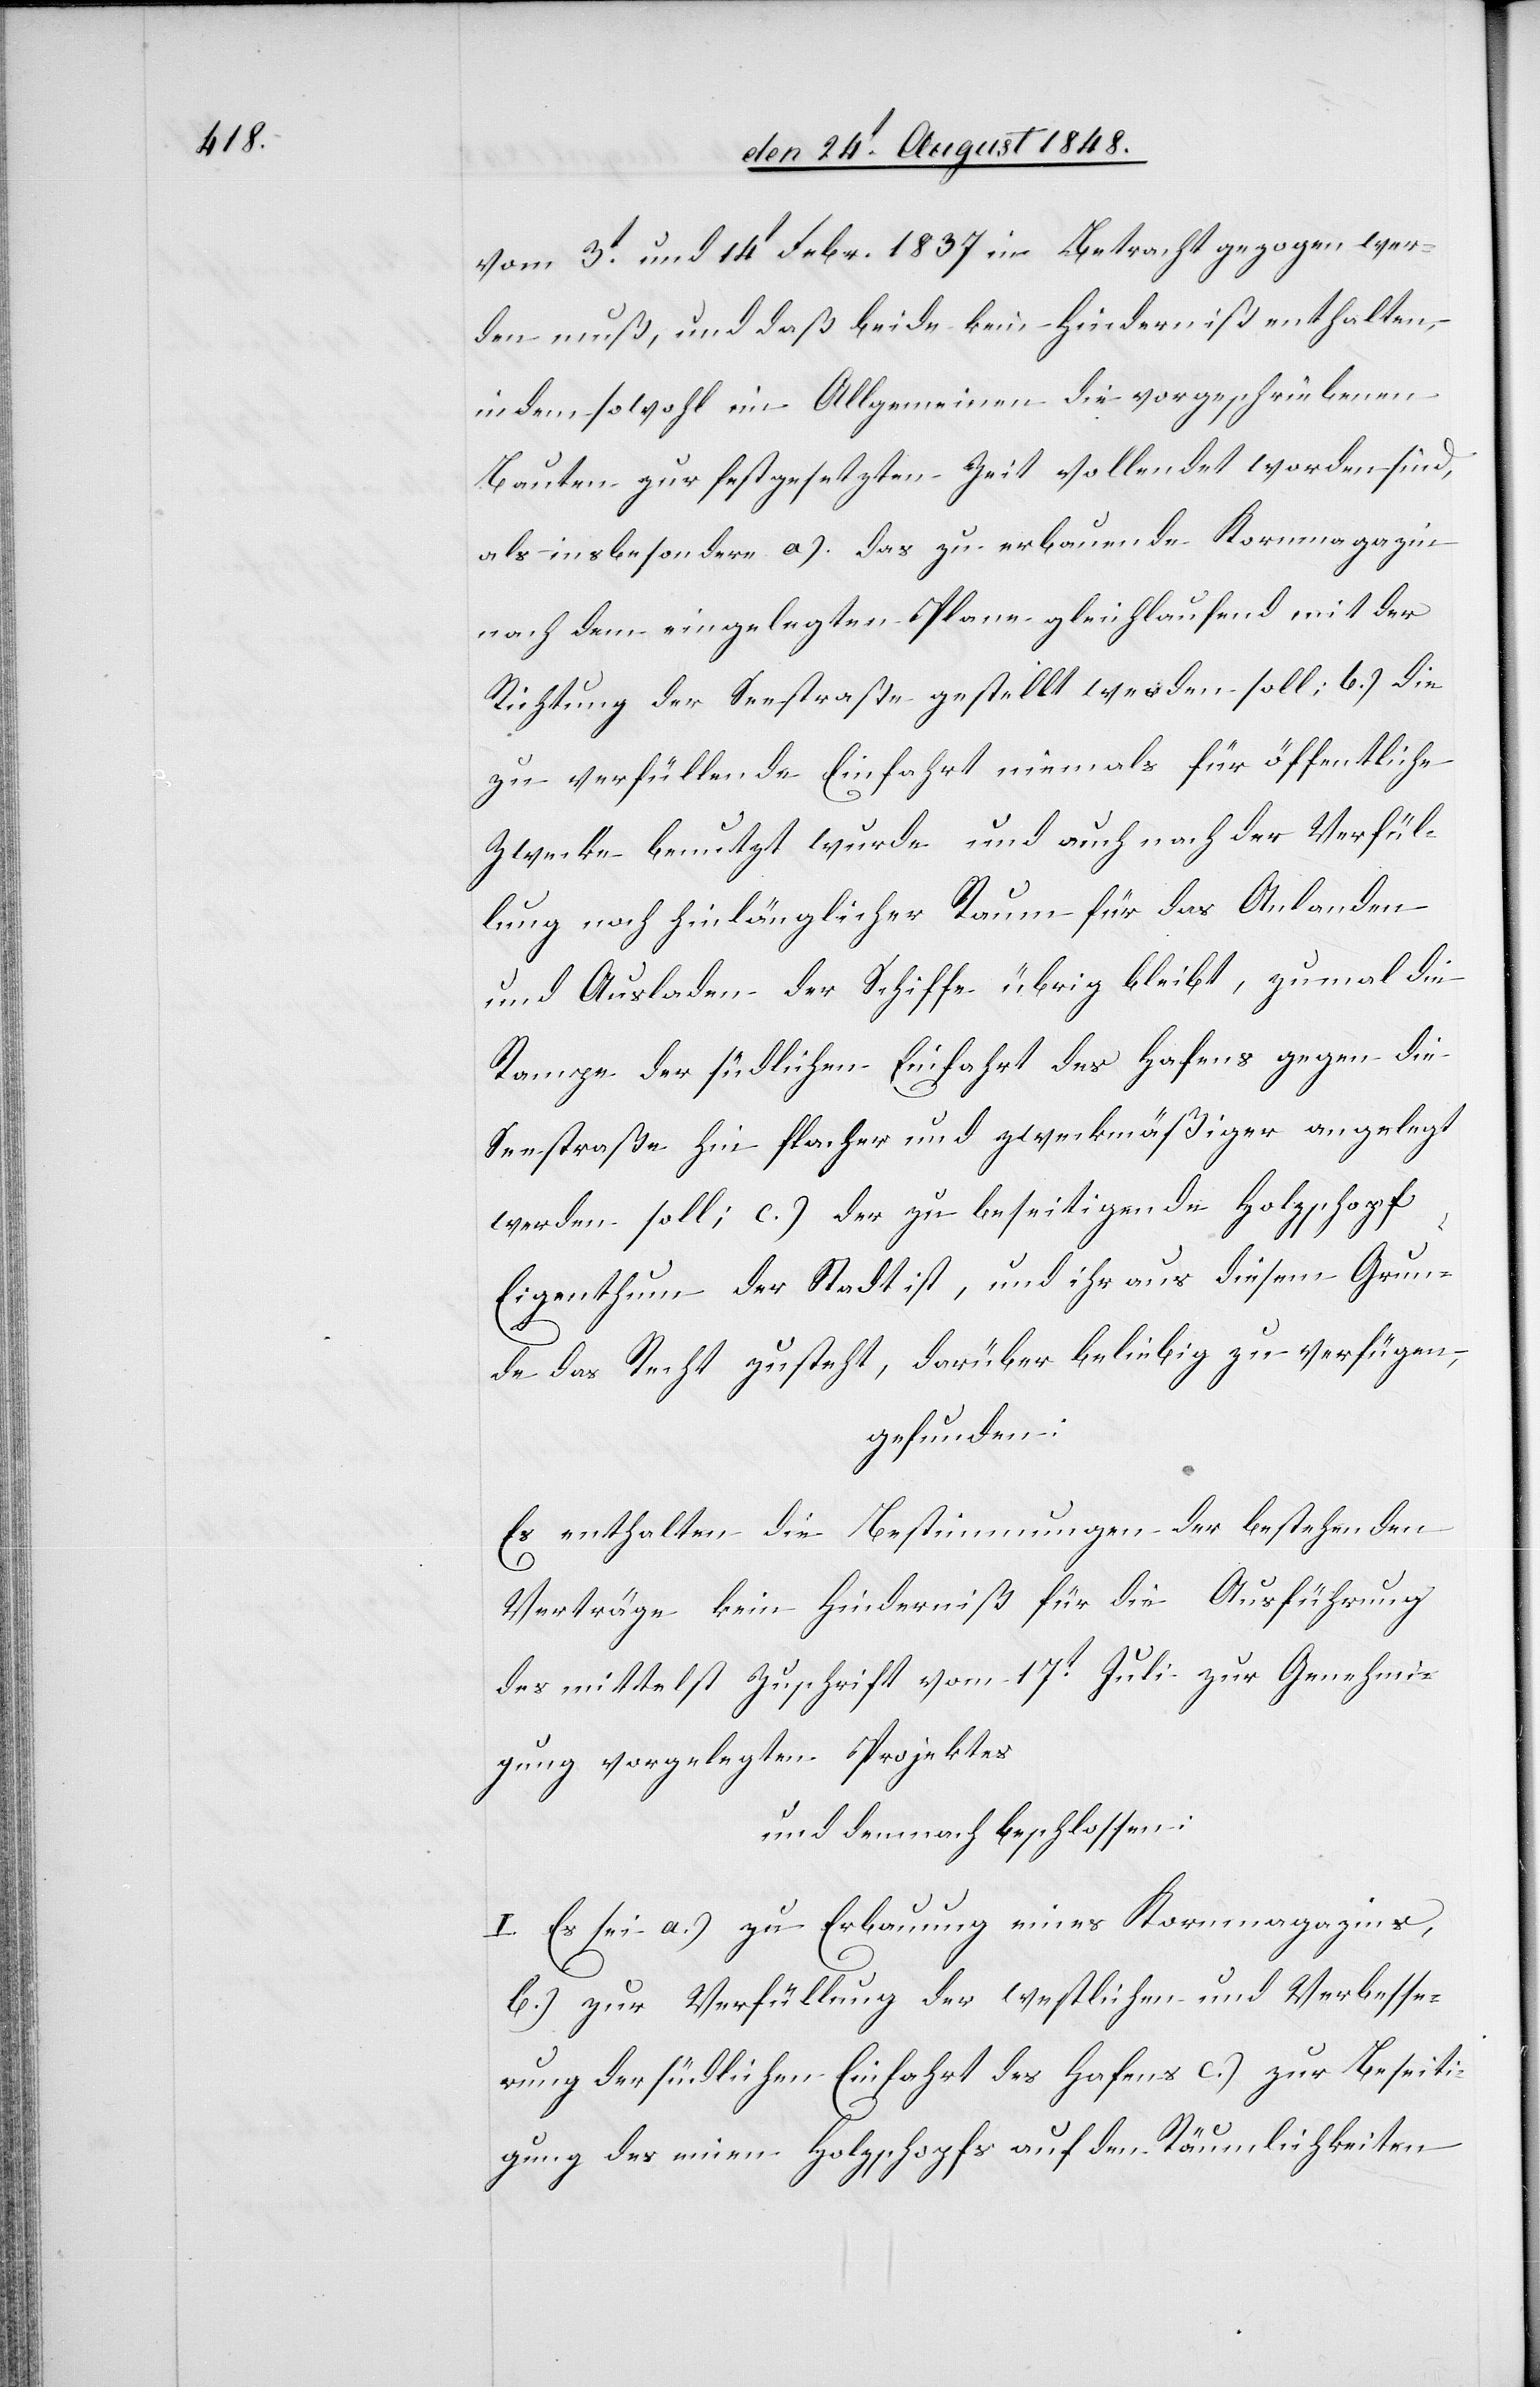
vom 3t und 14t Febr. 1837. in Betracht gezogen wer¬
den muß, und daß beide kein Hinderniß enthalten,
indem sowohl im Allgemeinen die vorgeschriebenen
Bauten zur festgesetzten Zeit vollendet worden sind,
als insbesondere a.) das zu erbauende Kornmagazin
nach dem eingelegten Plane gleichlaufend mit der
Richtung der Seestraße gestellt werden soll; b.) die
zu verfüllende Einfahrt niemals für öffentliche
Zwecke benutzt wurde und auch nach der Verfül¬
lung noch hinlänglicher Raum für das Anlanden
und Ausladen der Schiffe übrig bleibt, zumal die
Rampe der südlichen Einfahrt des Hafens gegen die
Seestraße hin flacher und zweckmäßiger angelegt
werden soll; c.) der zu beseitigende Holzschopf
Eigenthum der Stadt ist, und ihr aus diesem Grun¬
de das Recht zusteht, darüber beliebig zu verfügen,
gefunden:
Es enthalten die Bestimmungen der bestehenden
Verträge kein Hinderniß für die Ausführung
des mittelst Zuschrift vom 17t Juli zur Genehmi¬
gung vorgelegten Projektes
und demnach beschlossen:
I. Es sei a.) zu Erbauung eines Kornmagazins,
b.) zur Verfüllung der westlichen und Verbesse¬
rung der südlichen Einfahrt des Hafens c.) zur Beseiti¬
gung des einen Holzschopfes auf den Räumlichkeiten